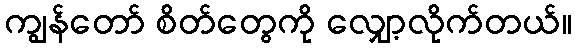
ကျွန်တော် စိတ်တွေကို လျှော့လိုက်တယ်။